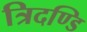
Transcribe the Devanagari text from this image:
त्रिदण्डि